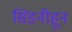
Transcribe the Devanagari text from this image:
सिडनीहून